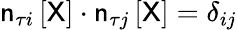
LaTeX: \mathsf{n}_{\tau i}\left[\mathsf{X}\right]\cdot\mathsf{n}_{\tau j}\left[\mathsf{X}\right]=\delta_{ij}